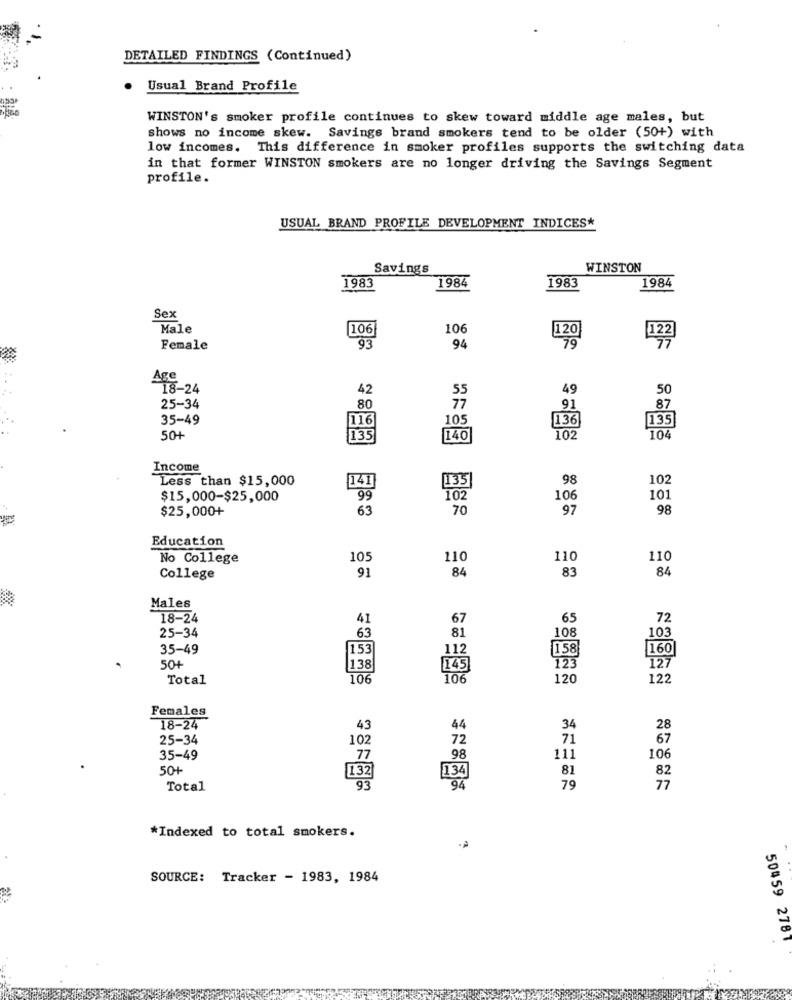
DETAILED FINDINGS (Continued)
Usual Brand Profile
WINSTON's smoker profile continues to skew toward middle age males, but
shows no income skew. Savings brand smokers tend to be older (50+) with
low incomes. This difference in smoker profiles supports the switching data
in that former WINSTON smokers are no longer driving the Savings Segment
profile.
USUAL BRAND PROFILE DEVELOPMENT INDICES*
Savings
WINSTON
1983
1984
1983
1984
Sex
Male
106
106
93
120
122
Female
94
Age
18-24
42
49
50
91
25-34
80
87
35-49
105
136
116
50+
135
140
102
104
Income
Less than $15,000
141
98
102
135]
$15,000-$25,000
99
102
106
101
$25,000+
63
70
97
98
Education
No College
105
110
110
110
91
84
83
84
College
Males
18-24
41
67
65
72
63
108
25-34
81
103
35-49
153
112
158
160
50+
138
145
123
127
Total
106
106
120
122
Females
18-24
43
44
34
28
25-34
102
72
71
67
35-49
77
98
111
106
50+
134
81
82
132
Total
93
94
79
77
*Indexed to total smokers.
SOURCE: Tracker - 1983, 1984
50459 2781